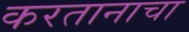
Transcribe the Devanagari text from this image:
करतानाचा